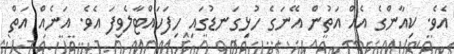
އެވެ. ކިއާންގެ އެއް އަތުން އޭނަގެ ހުޅިގަނޑުގައި ހިފަހައްޓާލެވިފަ އެވެ. އަނެއް އަތް